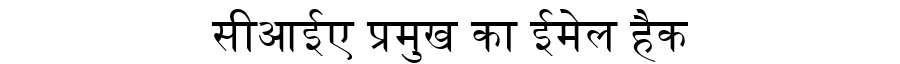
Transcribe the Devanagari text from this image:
सीआईए प्रमुख का ईमेल हैक